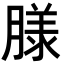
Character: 𮌮